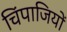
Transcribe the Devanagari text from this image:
चिंपाजियों